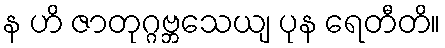
န ဟိ ဇာတုဂ္ဂဗ္ဘသေယျ ပုန ရေတီတိ။